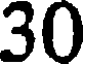
30